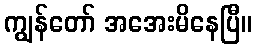
ကျွန်တော် အအေးမိနေပြီ။